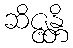
ဆိဇ္ဇန္တိ